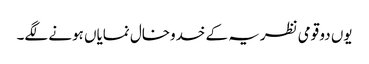
یوں دو قومی نظریہ کے خدوخال نمایاں ہونے لگے۔